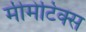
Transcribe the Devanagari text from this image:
मीमेटिक्स